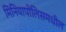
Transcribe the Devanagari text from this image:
मिनियापोलिसमधील